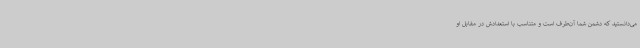
می‌دانستید که دشمن شما آن‌طرف است و متناسب با استعدادش در مقابل او